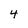
Character: 4